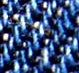
الطبيبة